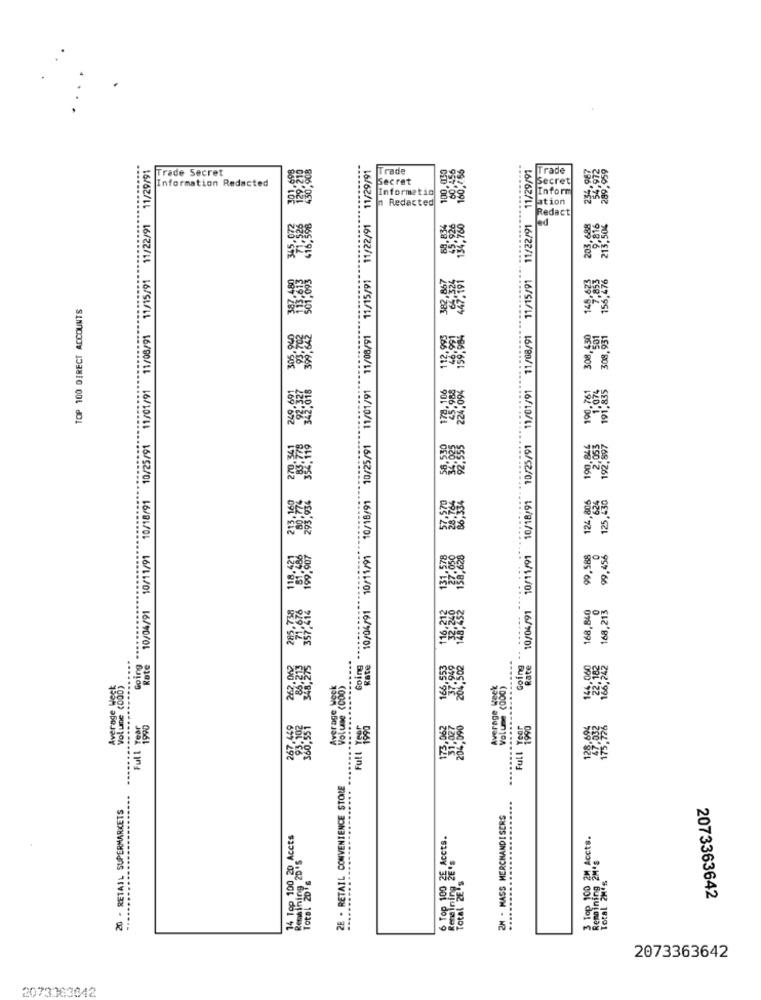
10/04/91 10/11/91 10/18/91 10/25/91 11/01/91 11/08/91 11/15/91 11/22/91 11/29/91
11/29/91
100.050
180,758
10/04/91 10/11/91 10/18/91 10/25/91 11/01/91 11/08/91 11/15/91 11/22/91 11/29/91
Trade Secret
Trade
Trade
Information Redacted
Secret
Secret
Informatio
Inform
n Redacted
ation
Redact
203. 68
10/04/91 10/11/91 10/18/91 10/25/91 11/01/91 11/08/91 11/15/91 11/22/91
TOP 100 DIRECT ACCOUNTS
308, 991
101:07
10/25/91
125, 238
124,806
99.588
99,456
168,840
168,213
Going -- ---***
Going
Rate
Rate
Rate
Volume (000)
Average week
Volume (000)
Average Ksek
Volume (000)
Average Hes
.. Butog
1900
1990
Full Year
Full Y
Full
2E - RETAIL CONVENIENCE STOLE
............
20 - RETAIL SUPERMARKETS
2M - MASS MERCHANDISERS
14 Top 100 20 Accts
6 Top 100 2E Accts.
3 Top 100 2M Accts.
Remaining 2M's
Remaining 20 's
Total 20's
Total ZE's
Total 2H's
Remaining
2073363642
2073363642
2073363642